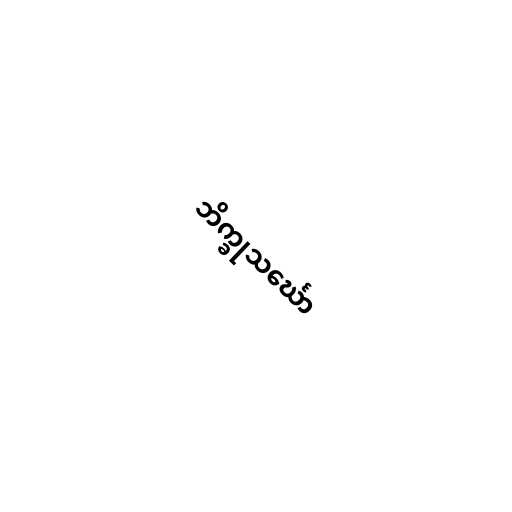
ဘိက္ခုသင်္ဃော